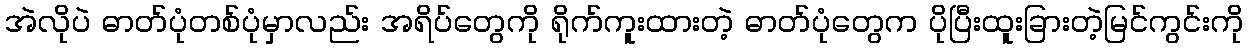
အဲလိုပဲ ဓာတ်ပုံတစ်ပုံမှာလည်း အရိပ်တွေကို ရိုက်ကူးထားတဲ့ ဓာတ်ပုံတွေက ပိုပြီးထူးခြားတဲ့မြင်ကွင်းကို